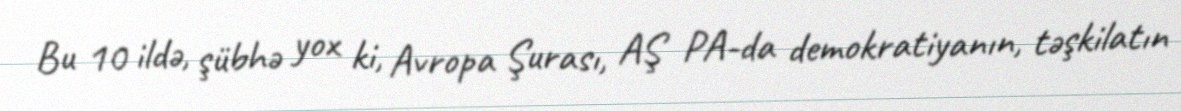
Bu 10 ildə, şübhə yox ki, Avropa Şurası, AŞ PA-da demokratiyanın, təşkilatın